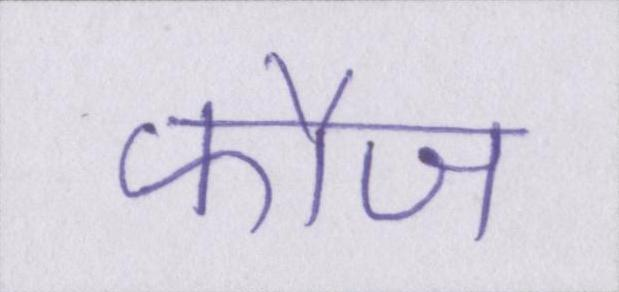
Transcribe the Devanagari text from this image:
फौज